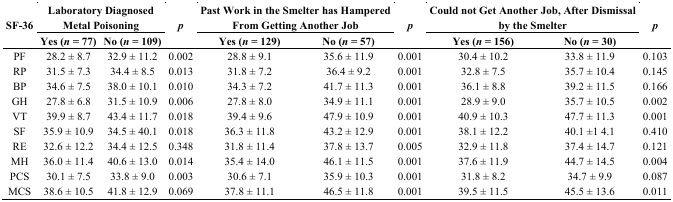
<table><thead><tr><td rowspan="2"><b>SF-36</b></td><td colspan="2"><b>Laboratory Diagnosed Metal Poisoning</b></td><td rowspan="2"><b><i>p</i></b></td><td colspan="2"><b>Past Work in the Smelter has Hampered From Getting Another Job</b></td><td rowspan="2"><b><i>p</i></b></td><td colspan="2"><b>Could not Get Another Job, After Dismissal by the Smelter</b></td><td rowspan="2"><b><i>p</i></b></td></tr><tr><td><b>Yes (<i>n</i> = 77)</b></td><td><b>No (<i>n</i> = 109)</b></td><td><b>Yes (<i>n</i> = 129)</b></td><td><b>No (<i>n</i> = 57)</b></td><td><b>Yes (<i>n</i> = 156)</b></td><td><b>No (<i>n</i> = 30)</b></td></tr></thead><tbody><tr><td>PF</td><td>28.2 ± 8.7</td><td>32.9 ± 11.2</td><td>0.002</td><td>28.8 ± 9.1</td><td>35.6 ± 11.9</td><td>0.001</td><td>30.4 ± 10.2</td><td>33.8 ± 11.9</td><td>0.103</td></tr><tr><td>RP</td><td>31.5 ± 7.3</td><td>34.4 ± 8.5</td><td>0.013</td><td>31.8 ± 7.2</td><td>36.4 ± 9.2</td><td>0.001</td><td>32.8 ± 7.5</td><td>35.7 ± 10.4</td><td>0.145</td></tr><tr><td>BP</td><td>34.6 ± 7.5</td><td>38.0 ± 10.1</td><td>0.010</td><td>34.3 ± 7.2</td><td>41.7 ± 11.3</td><td>0.001</td><td>36.1 ± 8.8</td><td>39.2 ± 11.5</td><td>0.166</td></tr><tr><td>GH</td><td>27.8 ± 6.8</td><td>31.5 ± 10.9</td><td>0.006</td><td>27.8 ± 8.0</td><td>34.9 ± 11.1</td><td>0.001</td><td>28.9 ± 9.0</td><td>35.7 ± 10.5</td><td>0.002</td></tr><tr><td>VT</td><td>39.9 ± 8.7</td><td>43.4 ± 11.7</td><td>0.018</td><td>39.4 ± 9.6</td><td>47.9 ± 10.9</td><td>0.001</td><td>40.9 ± 10.3</td><td>47.7 ± 11.3</td><td>0.001</td></tr><tr><td>SF</td><td>35.9 ± 10.9</td><td>34.5 ± 40.1</td><td>0.018</td><td>36.3 ± 11.8</td><td>43.2 ± 12.9</td><td>0.001</td><td>38.1 ± 12.2</td><td>40.1 ±1 4.1</td><td>0.410</td></tr><tr><td>RE</td><td>32.6 ± 12.2</td><td>34.4 ± 12.5</td><td>0.348</td><td>31.8 ± 11.4</td><td>37.8 ± 13.7</td><td>0.005</td><td>32.9 ± 11.8</td><td>37.4 ± 14.7</td><td>0.121</td></tr><tr><td>MH</td><td>36.0 ± 11.4</td><td>40.6 ± 13.0</td><td>0.014</td><td>35.4 ± 14.0</td><td>46.1 ± 11.5</td><td>0.001</td><td>37.6 ± 11.9</td><td>44.7 ± 14.5</td><td>0.004</td></tr><tr><td>PCS</td><td>30.1 ± 7.5</td><td>33.8 ± 9.0</td><td>0.003</td><td>30.6 ± 7.1</td><td>35.9 ± 10.3</td><td>0.001</td><td>31.8 ± 8.2</td><td>34.7 ± 9.9</td><td>0.087</td></tr><tr><td>MCS</td><td>38.6 ± 10.5</td><td>41.8 ± 12.9</td><td>0.069</td><td>37.8 ± 11.1</td><td>46.5 ± 11.8</td><td>0.001</td><td>39.5 ± 11.5</td><td>45.5 ± 13.6</td><td>0.011</td></tr></tbody></table>